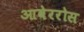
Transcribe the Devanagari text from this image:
आवेररोस